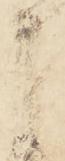
申